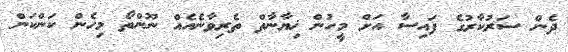
ދެން ސަރުކާރުގެ ފައިސާ އަށް މީހުން ޚިޔާނާތް ތެރިވާނެއެއް ނޫންތޯ މިހެން ކަންކަން